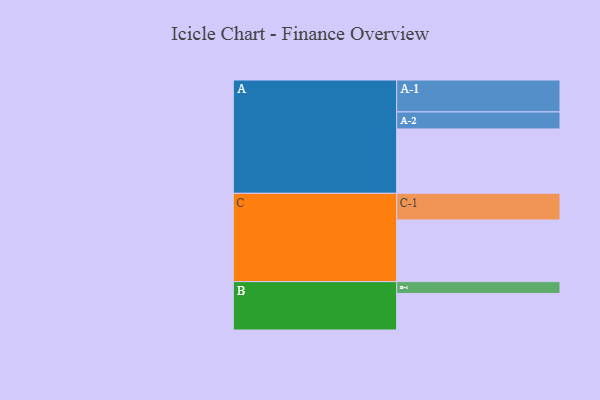
{"axis": {"x": "Segment", "y": "Value"}, "legend": ["", "A", "B", "C"], "data": [{"x": "A", "y": 587, "type": ""}, {"x": "B", "y": 333, "type": ""}, {"x": "C", "y": 562, "type": ""}, {"x": "A-1", "y": 291, "type": "A"}, {"x": "A-2", "y": 155, "type": "A"}, {"x": "B-1", "y": 108, "type": "B"}, {"x": "C-1", "y": 243, "type": "C"}]}